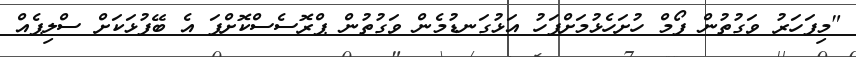
"މިފަހަރު ވަގުތުން ފޯމް ހުށަހެޅުމަށްފަހު އަޅުގަނޑުމެން ވަގުތުން ޕްރޮސެސްކޮށްފަ އެ ބޭފުޅަކަށް ސްލިޕެއް